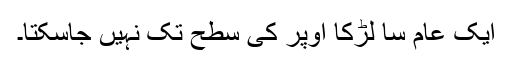
ایک عام سا لڑکا اوپر کی سطح تک نہیں جاسکتا۔